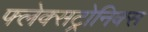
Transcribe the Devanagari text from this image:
फ्लेक्सट्रोनिक्स